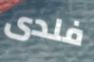
فلدى